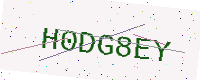
Text: H0DG8EY